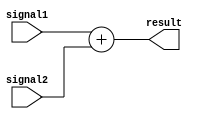
module Adder (
    input wire [7:0] signal1,
    input wire [7:0] signal2,
    output reg [8:0] result
);

always @(*) begin
    result = signal1 + signal2;
end

endmodule